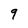
Character: 9